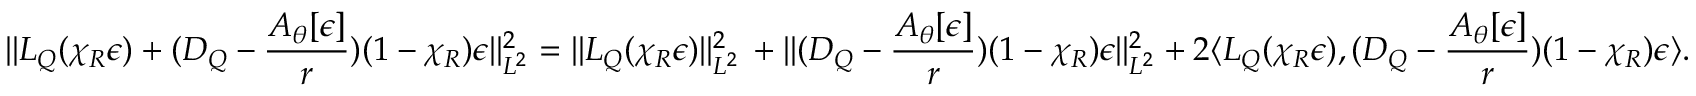
\aligned \| L _ { Q } ( \chi _ { R } \epsilon ) + ( D _ { Q } - \frac { A _ { \theta } [ \epsilon ] } { r } ) ( 1 - \chi _ { R } ) \epsilon \| _ { L ^ { 2 } } ^ { 2 } = \| L _ { Q } ( \chi _ { R } \epsilon ) \| _ { L ^ { 2 } } ^ { 2 } \, + \| ( D _ { Q } - \frac { A _ { \theta } [ \epsilon ] } { r } ) ( 1 - \chi _ { R } ) \epsilon \| _ { L ^ { 2 } } ^ { 2 } + 2 \langle L _ { Q } ( \chi _ { R } \epsilon ) , ( D _ { Q } - \frac { A _ { \theta } [ \epsilon ] } { r } ) ( 1 - \chi _ { R } ) \epsilon \rangle . \endaligned